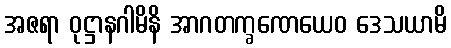
အဇရာ ဝုဋ္ဌာနဂါမိနိ အာဂတက္ခဏေယေဝ ဒေသယာမိ